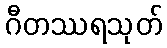
ဂီတဿရသုတ်